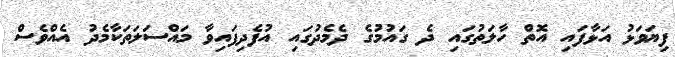
ފިޔަވަޅު އަޅާފައި އޮތް ހާލަތުގައި ދެ ގައުމުގެ ދެމެދުގައި އުފެދިފައިވާ މައްސަލަތަކާމެދު އެއްވެސް